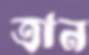
ত্রান